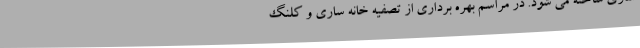
ساری ساخته می شود. در مراسم بهره برداری از تصفیه خانه ساری و کلنگ